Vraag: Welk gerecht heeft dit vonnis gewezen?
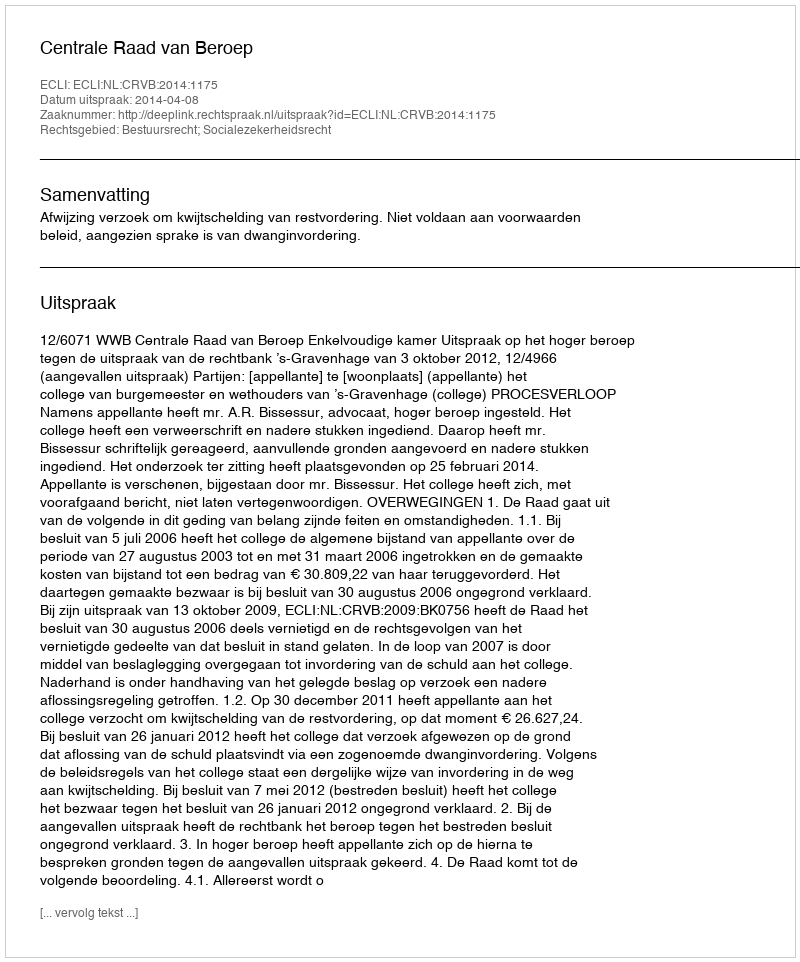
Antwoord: Centrale Raad van Beroep